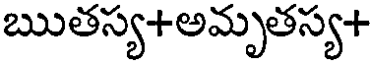
ఋతస్య+అమృతస్య+